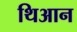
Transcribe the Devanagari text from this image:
थिआन